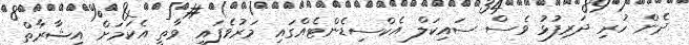
ދެން ހުރި ދަރިފުޅު ވެސް ސައިކަލް އެކްސިޑެންޓެއްގައި މަރުވެފައި ވާތީ އެކަމަށް އިޝާރާތް